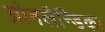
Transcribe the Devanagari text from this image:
ग्रोनलैन्डिका